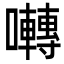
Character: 囀